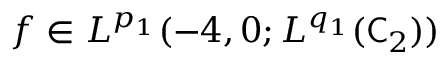
f \in L ^ { p _ { 1 } } ( - 4 , 0 ; L ^ { q _ { 1 } } ( \mathsf C _ { 2 } ) )